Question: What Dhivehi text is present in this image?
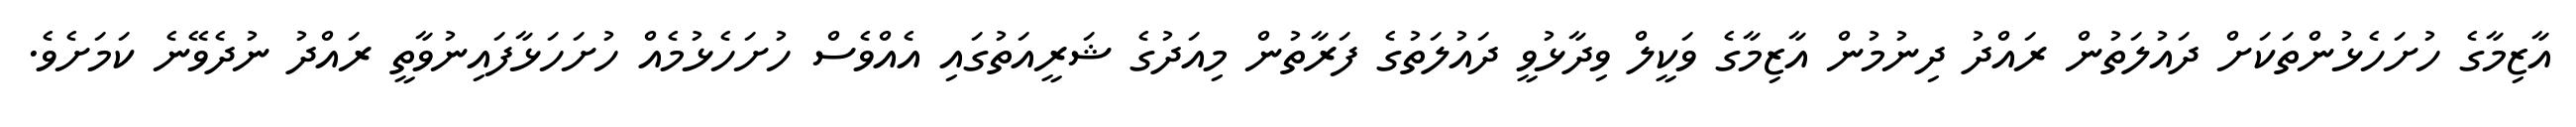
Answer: އާޒިމާގެ ހުށަހެޅުންތަކަށް ދައުލަތުން ރައްދު ދިނުމުން އާޒިމާގެ ވަކީލް ވިދާޅުވީ ދައުލަތުގެ ފަރާތުން މިއަދުގެ ޝަރީއަތުގައި އެއްވެސް ހުށަހެޅުމެއް ހުށަހަޅާފައިނުވާތީ ރައްދު ނުދެވޭނެ ކަމަށެވެ.